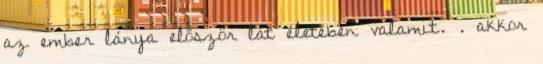
az ember lánya először lát életében valamit. . akkor